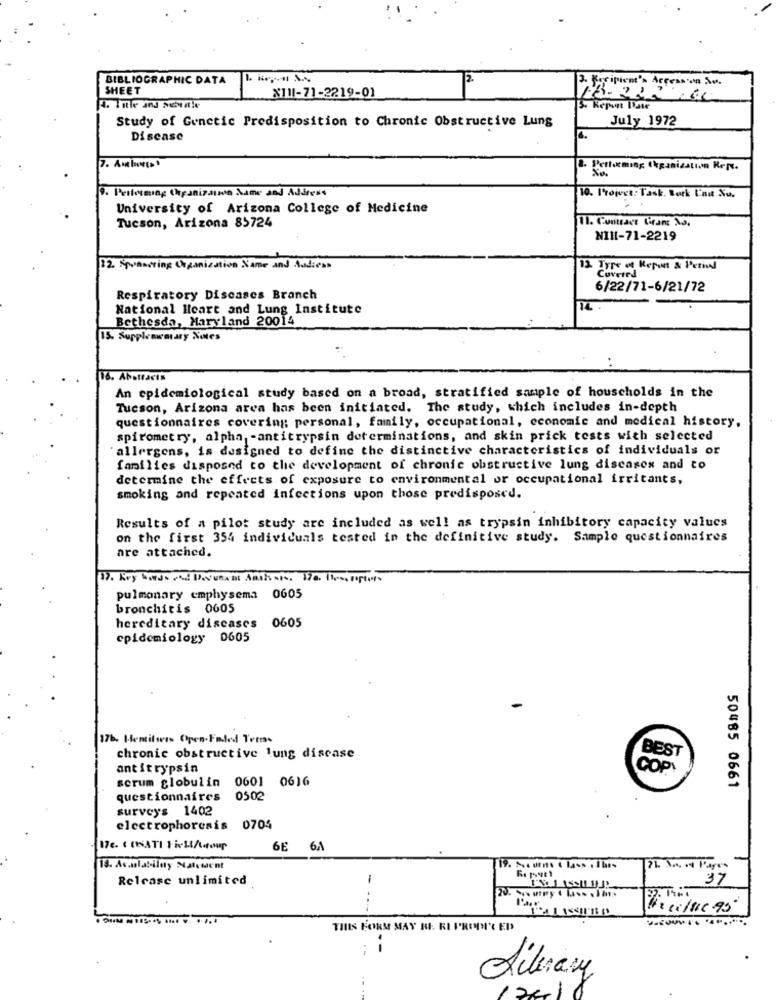
BIBLIOGRAPHIC DATA
12.
SHEET
2. Buripiem's Accesson Se.
X111-71-2219-01
S. Repon Date
July 1972
Study of Gunctic Predisposition to Chronic Obstructive Lung
Disease
7. Autbeets
8. Performing Organization Reps.
9. Peslesmag Organizara Name and Address
10. Projvet. Task. Bork Enut Xu.
University of Arizona College of Medicine
Tucson, Arizona 85724
11. Contract Gram: No.
NIH-71-2219
12. Squaacting Organization Name and Andicas
12. Tore of Report & Period
Covered
6/22/71-6/21/72
Respiratory Diseases Branch
National Heart and Lung Institute
Bethesda, Maryland 20014
15. Supplementary Notes
16. Abstracts
An epidemiological study based on a broad, stratified sample of households in the
Tucson, Arizona area has been initiated. The study, which includes in-depth
questionnaires covering: personal, family, occupational, economic and medical history,
spirometry, alpha, - antitrypsin determinations, and skin prick tests with selected
allergens, is designed to define the distinctive characteristics of individuals or
families disposed to the development of chronic obstructive lung diseases and to
determine the effects of exposure to environmental or occupational irritants,
smoking and repeated infections upon those predisposed.
Results of a pilot study are included as well as trypsin inhibitory capacity values
on the first 354 individuals tested in the definitive study. Sample questionnaires
are attached.
pulmonary emphysema 0605
bronchitis 0605
hereditary diseases 0605
epidemiology 0605
17b. Hemtilwers Open-Faded Terms
BEST
chronic obstructive lung disease
antitrypsin
COPY
scrum globulin 0601 0616
50485 0661
questionnaires
0502
surveys 1402
electrophoresis 0704
17e. COSATI Fick/tour
6E 6A
13. Accolatilny Nalement
19. A.c urne & lass . Ibis
71. No, N Pages
Release unlimited
-
37
..
THIS FORM MAY KE. RI PROPI'S ED
Alerary